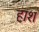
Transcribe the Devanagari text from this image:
हाश